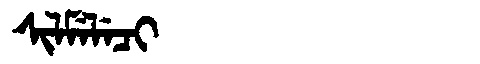
Manchu: ᠰᡳᠯᠮᡝᠯᡝᠴᡳ
Romanization: SILMELECI